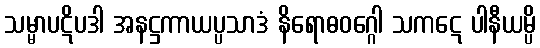
သမ္မာပဋိပဒါ အနဋ္ဌကာယပ္ပသာဒံ နိရောဓဝဂ္ဂေါ သကဋေ ပါနီယမ္ပိ